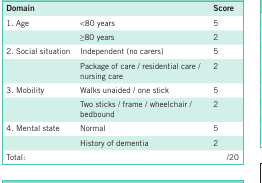
| Domain |  | Score |
 | --- | --- | --- |
 | 1. Age | <80 years | 5 |
 |  | ≥80 years | 2 |
 | 2. Social situation | Independent (no carers) | 5 |
 |  | Package of care / residential care / nursing care | 2 |
 | 3. Mobility | Walks unaided / one stick | 5 |
 |  | Two sticks / frame / wheelchair / bedbound | 2 |
 | 4. Mental state | Normal | 5 |
 |  | History of dementia | 2 |
 | Total: |  | /20 |